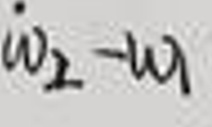
\(\omega_2 - \omega_1\)